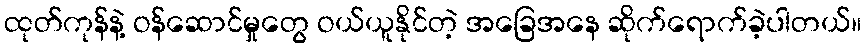
ထုတ်ကုန်နဲ့ ဝန်ဆောင်မှုတွေ ဝယ်ယူနိုင်တဲ့ အခြေအနေ ဆိုက်ရောက်ခဲ့ပါတယ်။